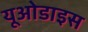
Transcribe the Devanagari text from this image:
यूओडाइस